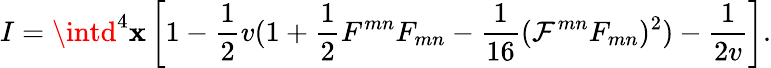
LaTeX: I=\intd^{4}\mathbf{x}\left[1-\frac{{1}}{{2}}v(1+\frac{{1}}{{2}}F^{mn}F_{mn}-\frac{{1}}{{16}}({\cal{F}}^{mn}F_{mn})^{2})-\frac{{1}}{{2v}}\right].